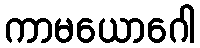
ကာမယောဂေါ